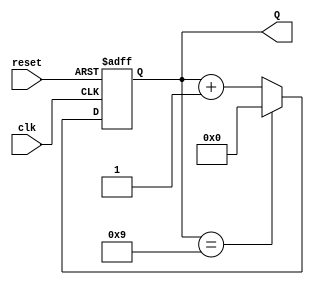
module BCD_Asynchronous_Counter (
    input wire clk,          // Clock input
    input wire reset,        // Asynchronous reset input
    output reg [3:0] Q       // 4-bit output for BCD value
);

// Asynchronous reset and counting logic
always @(posedge clk or posedge reset) begin
    if (reset) begin
        Q <= 4'b0000;       // Reset the counter to 0
    end else begin
        if (Q == 4'b1001) begin
            Q <= 4'b0000;   // Roll over to 0 after reaching 9
        end else begin
            Q <= Q + 1;     // Increment the counter
        end
    end
end

endmodule